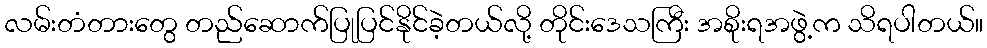
လမ်းတံတားတွေ တည်ဆောက်ပြုပြင်နိုင်ခဲ့တယ်လို့ တိုင်းဒေသကြီး အစိုးရအဖွဲ့က သိရပါတယ်။